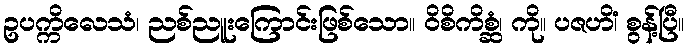
ဥပက္ကိလေသံ၊ ညစ်ညူးကြောင်းဖြစ်သော။ ဝိစိကိစ္ဆံ၊ ကို။ ပဇဟိံ၊ စွန့်ပြီ။